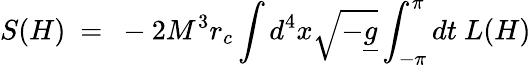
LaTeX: S(H)\ =\ -2M^{3}r_{c}\int d^{4}x\sqrt{-\underline{{{g}}}}\int_{-\pi}^{\pi}dt\ L(H)